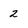
Character: 2